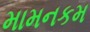
મામનકમ